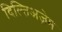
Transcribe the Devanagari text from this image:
दिल्तिअज़ेम